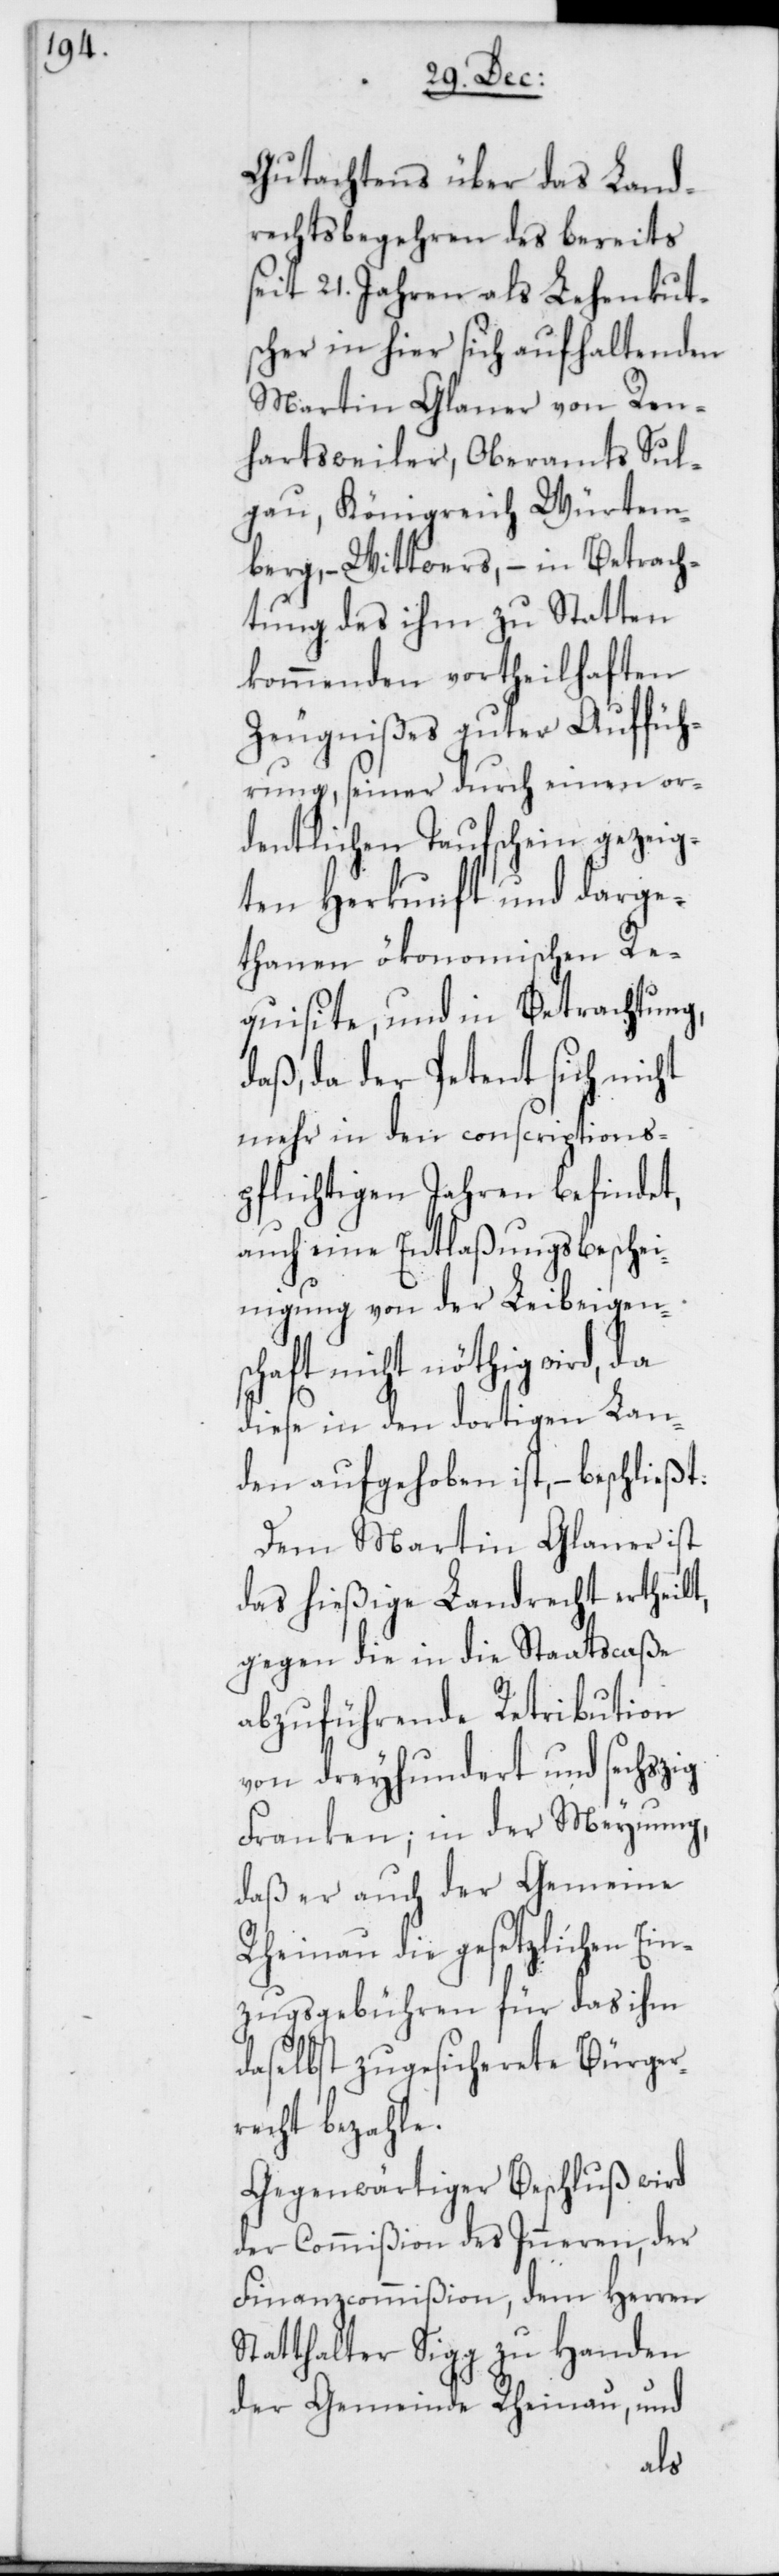
Gutachtens über das Land¬
rechtsbegehren des bereits
seit 21. Jahren als Lehenkut¬
scher in hier sich aufhaltenden
Martin Glaner von Ren¬
hartsweiler, Oberamts Sul¬
gau, Königreich Würtem¬
berg, – Wittwers, – in Betrach¬
tung des ihm zu Statten
kommenden vortheilhaften
Zeugnißes guter Auffüh¬
rung, seiner durch einen or¬
dentlichen Taufschein gezeig¬
ten Herkunft und darge¬
thanen ökonomischen Re¬
quisite, und in Betrachtung,
daß, da der Petent sich nicht
mehr in den conscriptions¬
pflichtigen Jahren befindet,
auch eine Entlaßungsbeschei¬
nigung von der Leibeigens¬
chaft nicht nöthig wird, da
diese in den dortigen Lan¬
den aufgehoben ist, – beschließt:
Dem Martin Glaner ist
das hießige Landrecht ertheilt,
gegen die in die Staatscaße
abzuführende Retribution
von dreyhundert und sechzig
Franken; in der Meynung,
daß er auch der Gemein[d]e
Rheinau die gesetzlichen Ein¬
zugsgebühren für das ihm
daselbst zugesicherete Bürger¬
recht bezahle.
Gegenwärtiger Beschluß wird
der Commißion des Inneren, der
Finanzcommißion, dem Herren
Statthalter Sigg zu Handen
der Gemeinde Rheinau, und